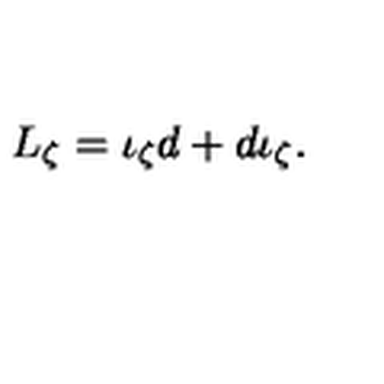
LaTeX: L _ { \zeta } = \iota _ { \zeta } d + { d \iota } _ { \zeta } .